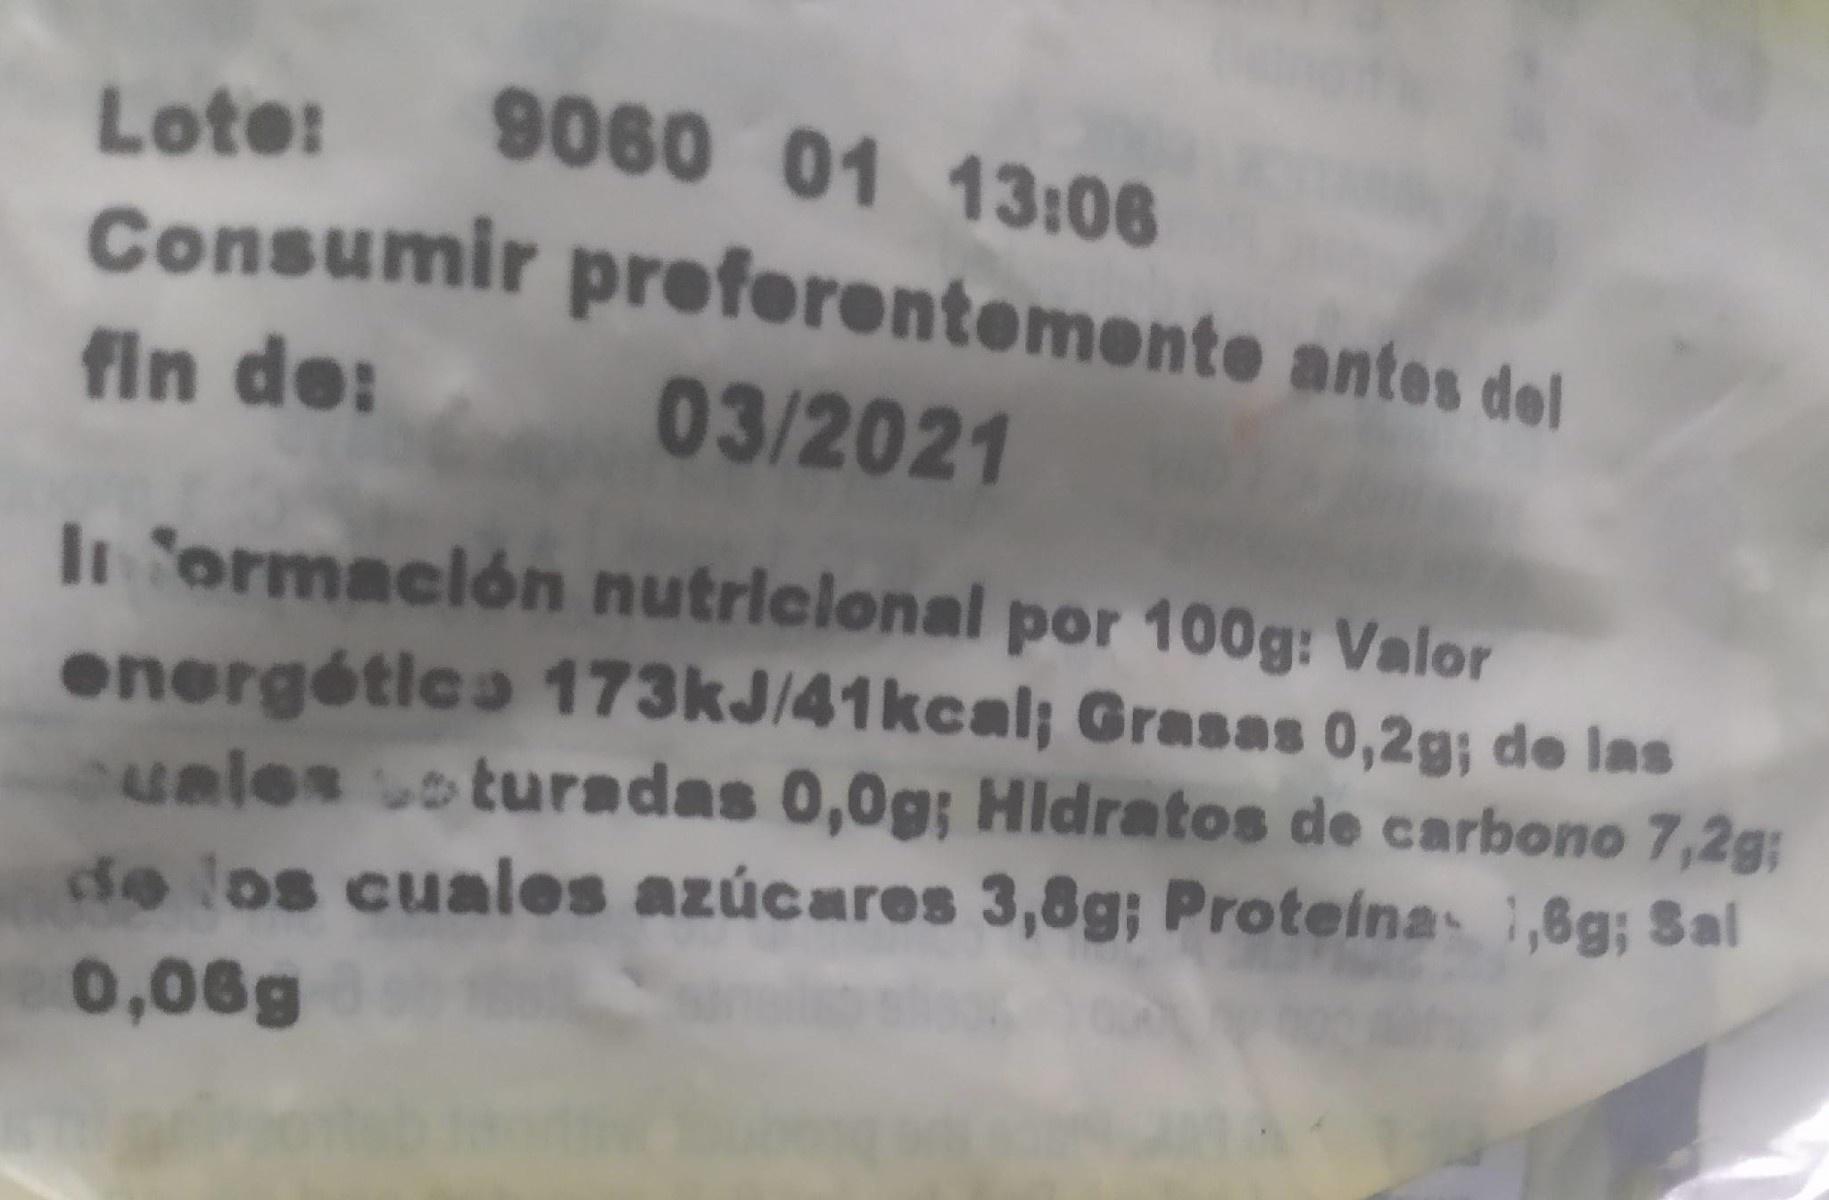
Lote:
9060 01 13:06
Consumir preforontemente antes del
fin de:
03/2021
In ormación nutriclonal por 100g: Valor
energética 173KJ/41kcal; Grasas 0,2g; de las uales oturadas 0,0g; Hldratos de carbono 7,2g; de los cuales azúcares 3,8g; Proteina 1,6g; Sal
0,06g